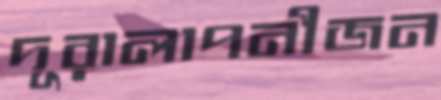
দূরালাপনীজন